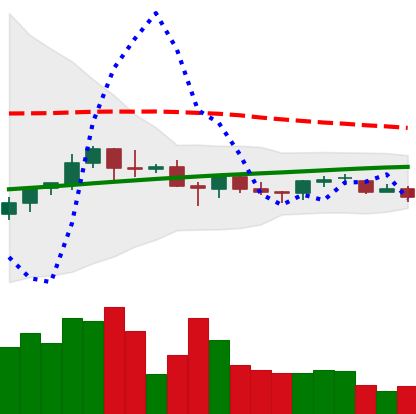
Ticker: BNB-USD
Chart end date: 2021-06-18
Forward return: -12.565%
Label: down_7plus